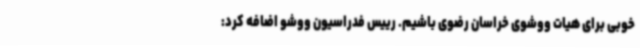
خوبی برای هیات ووشوی خراسان رضوی باشیم. رییس فدراسیون ووشو اضافه کرد: